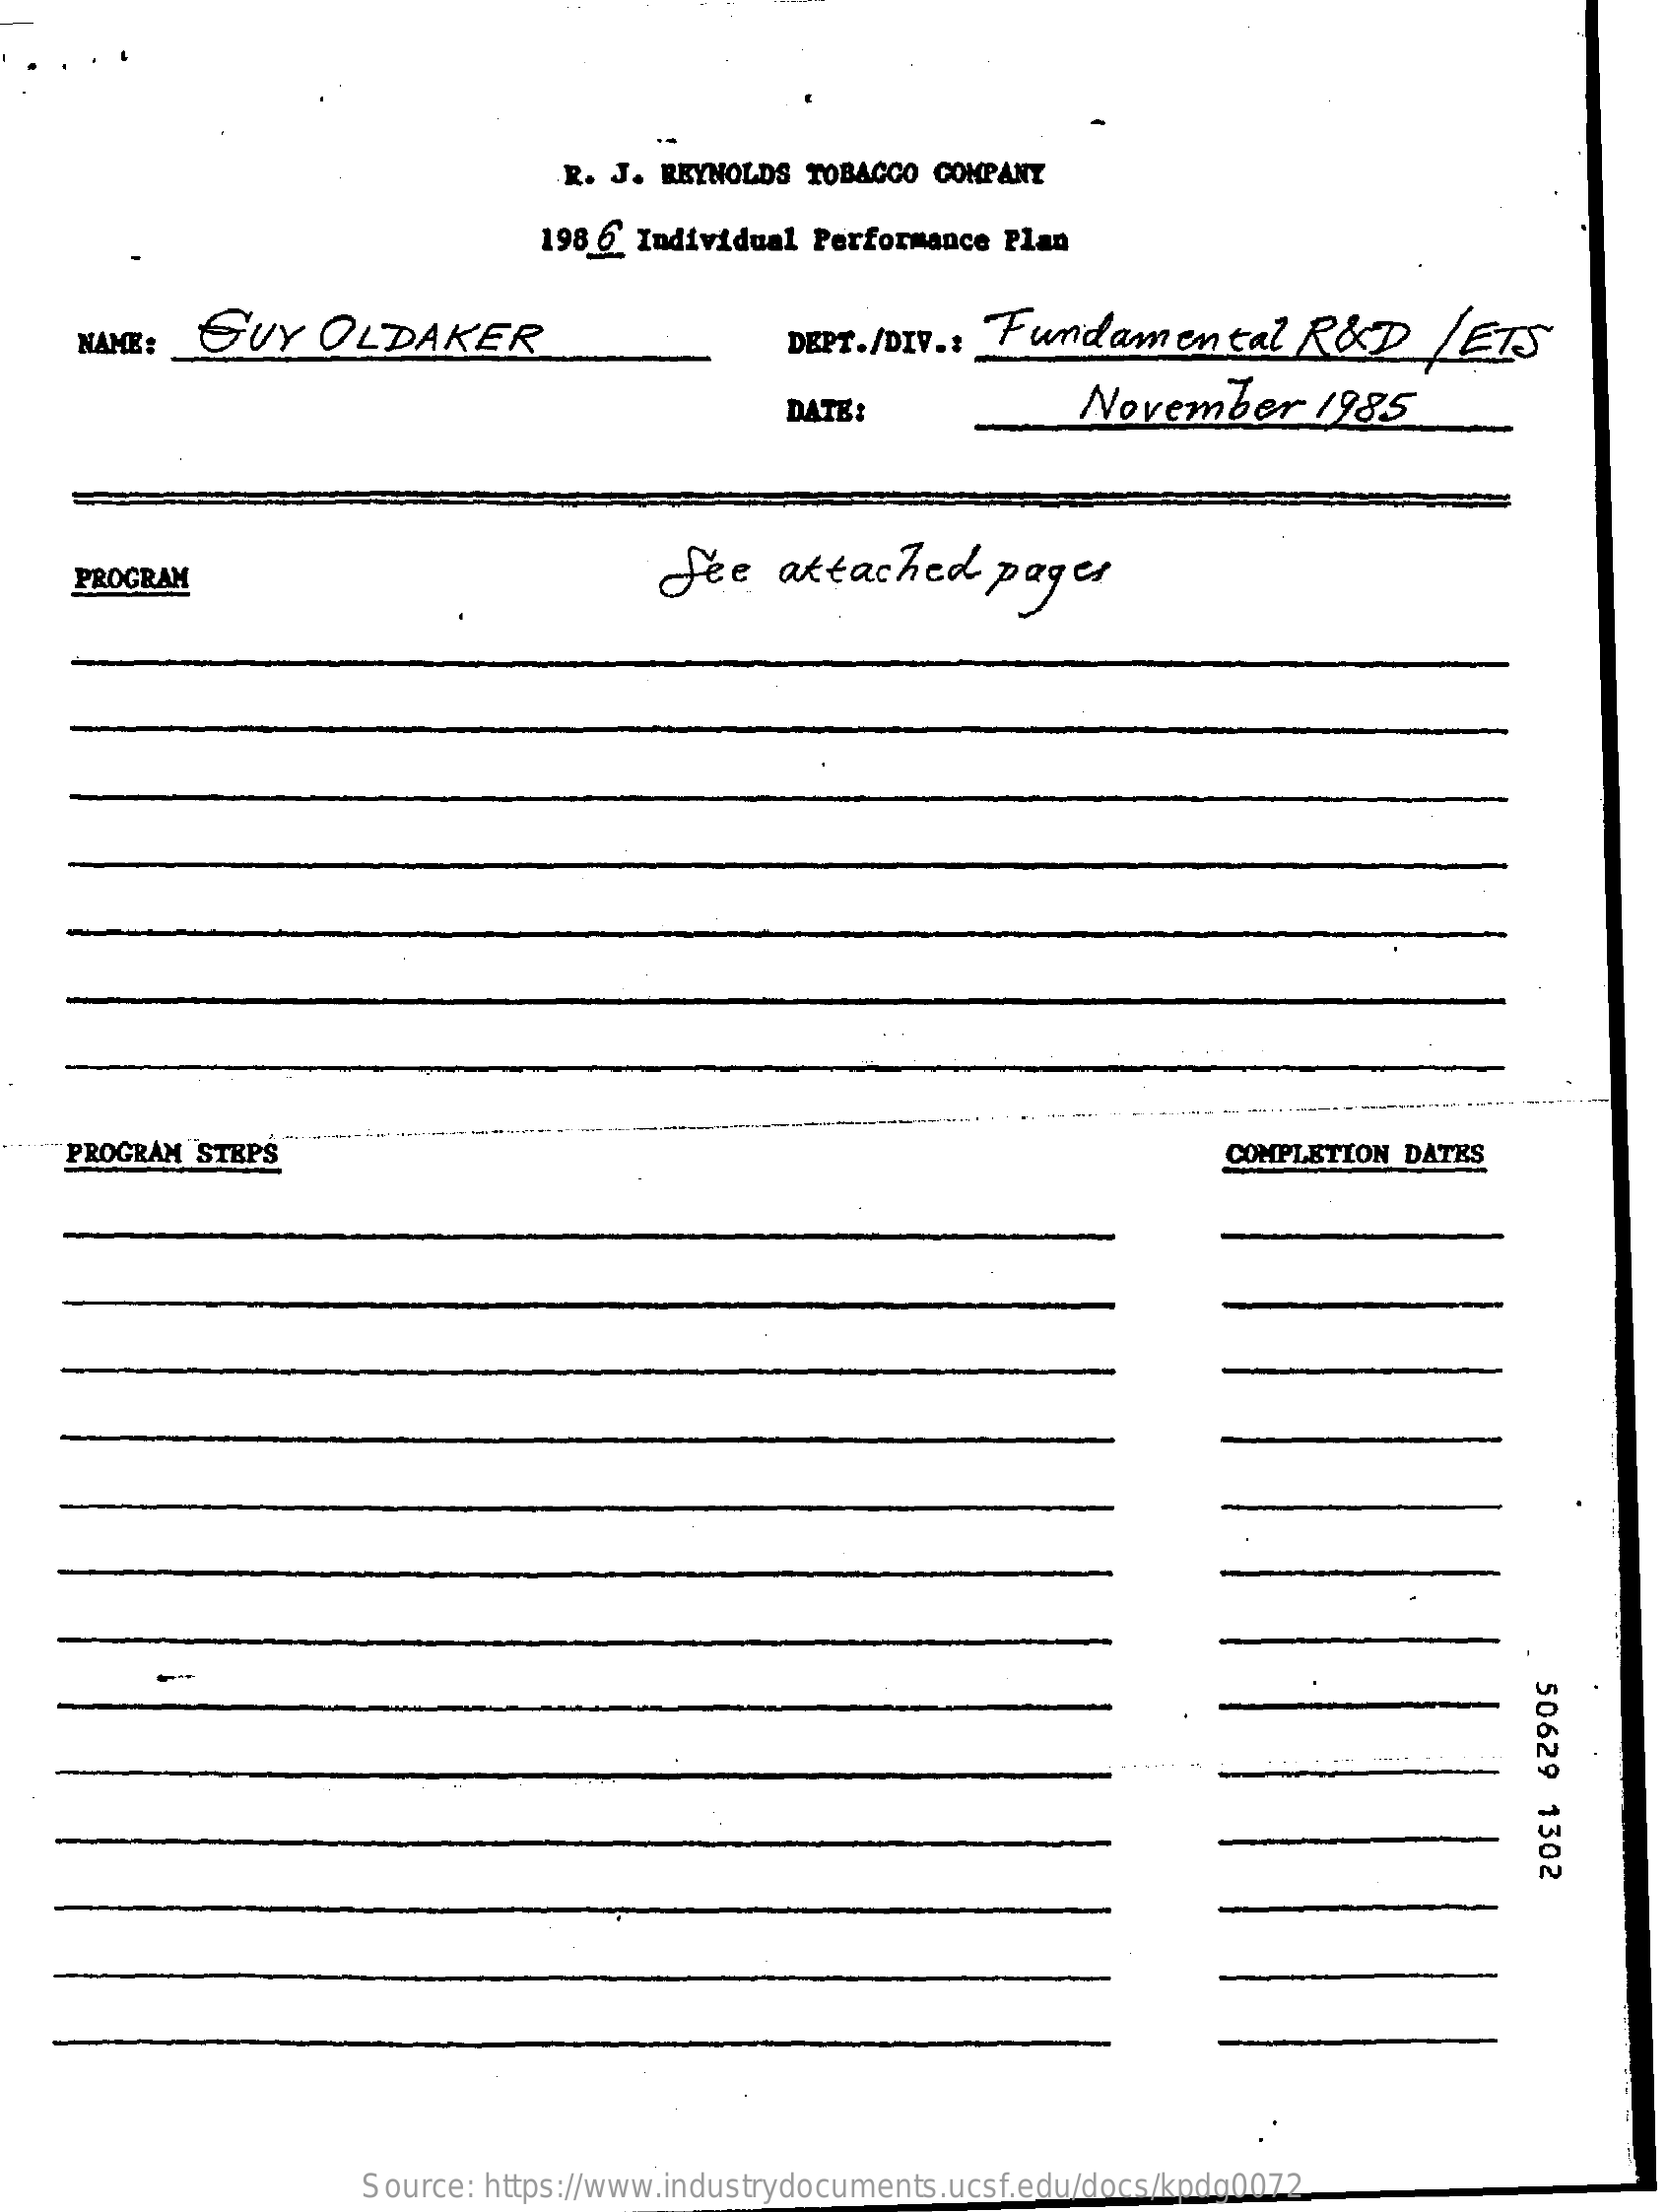
R. J. REYNOLDS TOBAGGO COMPANY
     198 6 Individual Performance Plan
     NAME:   GUY    OLDAKER    DEPT. / DIV .: Fundamental    RED    LETS
     DATE:    November    1985
     PROGRAM    See    attached    pages
    PROGRAM  STEPS    COMPLETION DATES
     50629
     1302
     Source: https://www.industrydocuments.ucsf.edu/docs/kpdg0072